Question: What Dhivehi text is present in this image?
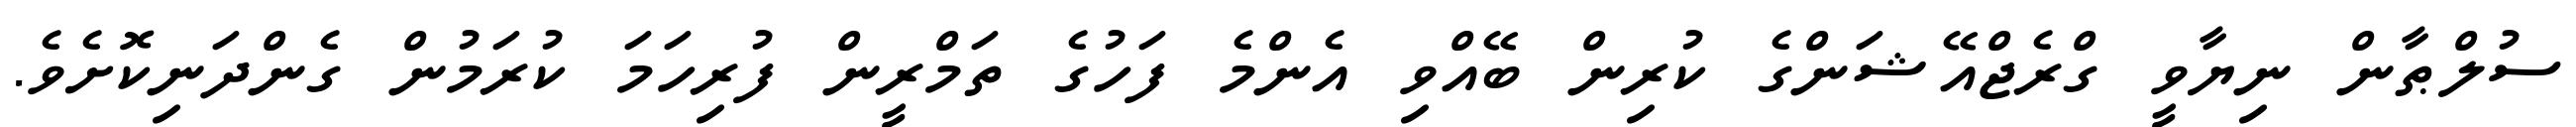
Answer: ސުލްޠާން ނިޔާވީ ގްރެޖްއޭޝަންގެ ކުރިން ބޭއްވި އެންމެ ފަހުގެ ތަމްރީން ފުރިހަމަ ކުރަމުން ގެންދަނިކޮށެވެ.